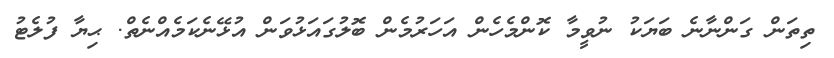
ތިތަން ގަންނާނެ ބަޔަކު ނުވީމާ ކޮންމެހެން އަހަރުމެން ބޮލުގައަޅުވަން އުޅޭނެކަމެއްނެތް. ޙިޔާ ފުލެޓު